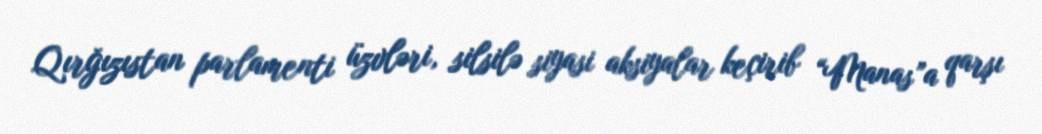
Qırğızıstan parlamenti üzvləri, silsilə siyasi aksiyalar keçirib “Manas”a qarşı